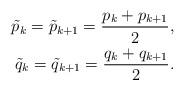
LaTeX: \begin{align*}\begin{aligned}\tilde{p}_{k}=\tilde{p}_{k+1}=\frac{p_k+p_{k+1}}{2}, \\\tilde{q}_{k}=\tilde{q}_{k+1}=\frac{q_k+q_{k+1}}{2}.\end{aligned}\end{align*}